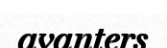
avanters